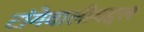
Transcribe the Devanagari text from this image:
टांगेवालीबद्दल